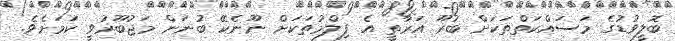
ބޮލީވުޑުގެ މަސައްކަތްތަކަށް ބުރޫ އަރާތީ އެ ފިލްމުތަކަށް ނޫނެކޭ ބުނަން މަޖުބޫރުވީ ކަމަށެވެ.